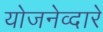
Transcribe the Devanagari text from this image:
योजनेव्दारे